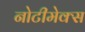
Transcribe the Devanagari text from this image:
नोटीमेक्स